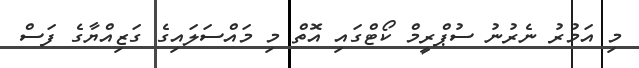
މި އަމުރު ނެރުނު ސުޕްރީމް ކޯޓްގައި އޮތް މި މައްސަލައިގެ ގަޒިއްޔާގެ ފަސް